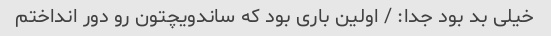
خیلی بد بود جدا: / اولین باری بود که ساندویچتون رو دور انداختم